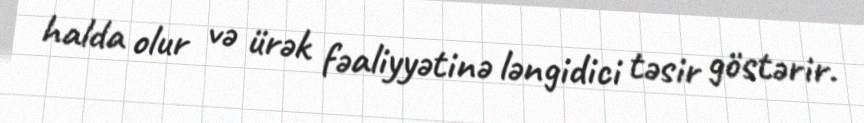
halda olur və ürək fəaliyyətinə ləngidici təsir göstərir.